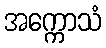
အက္ကောသံ